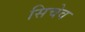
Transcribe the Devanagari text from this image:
सिचेव